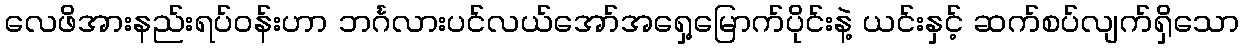
လေဖိအားနည်းရပ်ဝန်းဟာ ဘင်္ဂလားပင်လယ်အော်အရှေ့မြောက်ပိုင်းနဲ့ ယင်းနှင့် ဆက်စပ်လျက်ရှိသော